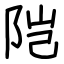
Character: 𬮿